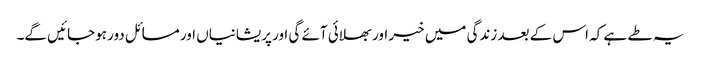
یہ طے ہے کہ اس کے بعد زندگی میں خیر اور بھلائی آئے گی اور پریشانیاں اور مسائل دور ہوجائیں گے۔